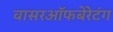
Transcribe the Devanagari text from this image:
वासरऑफबेरेटंग